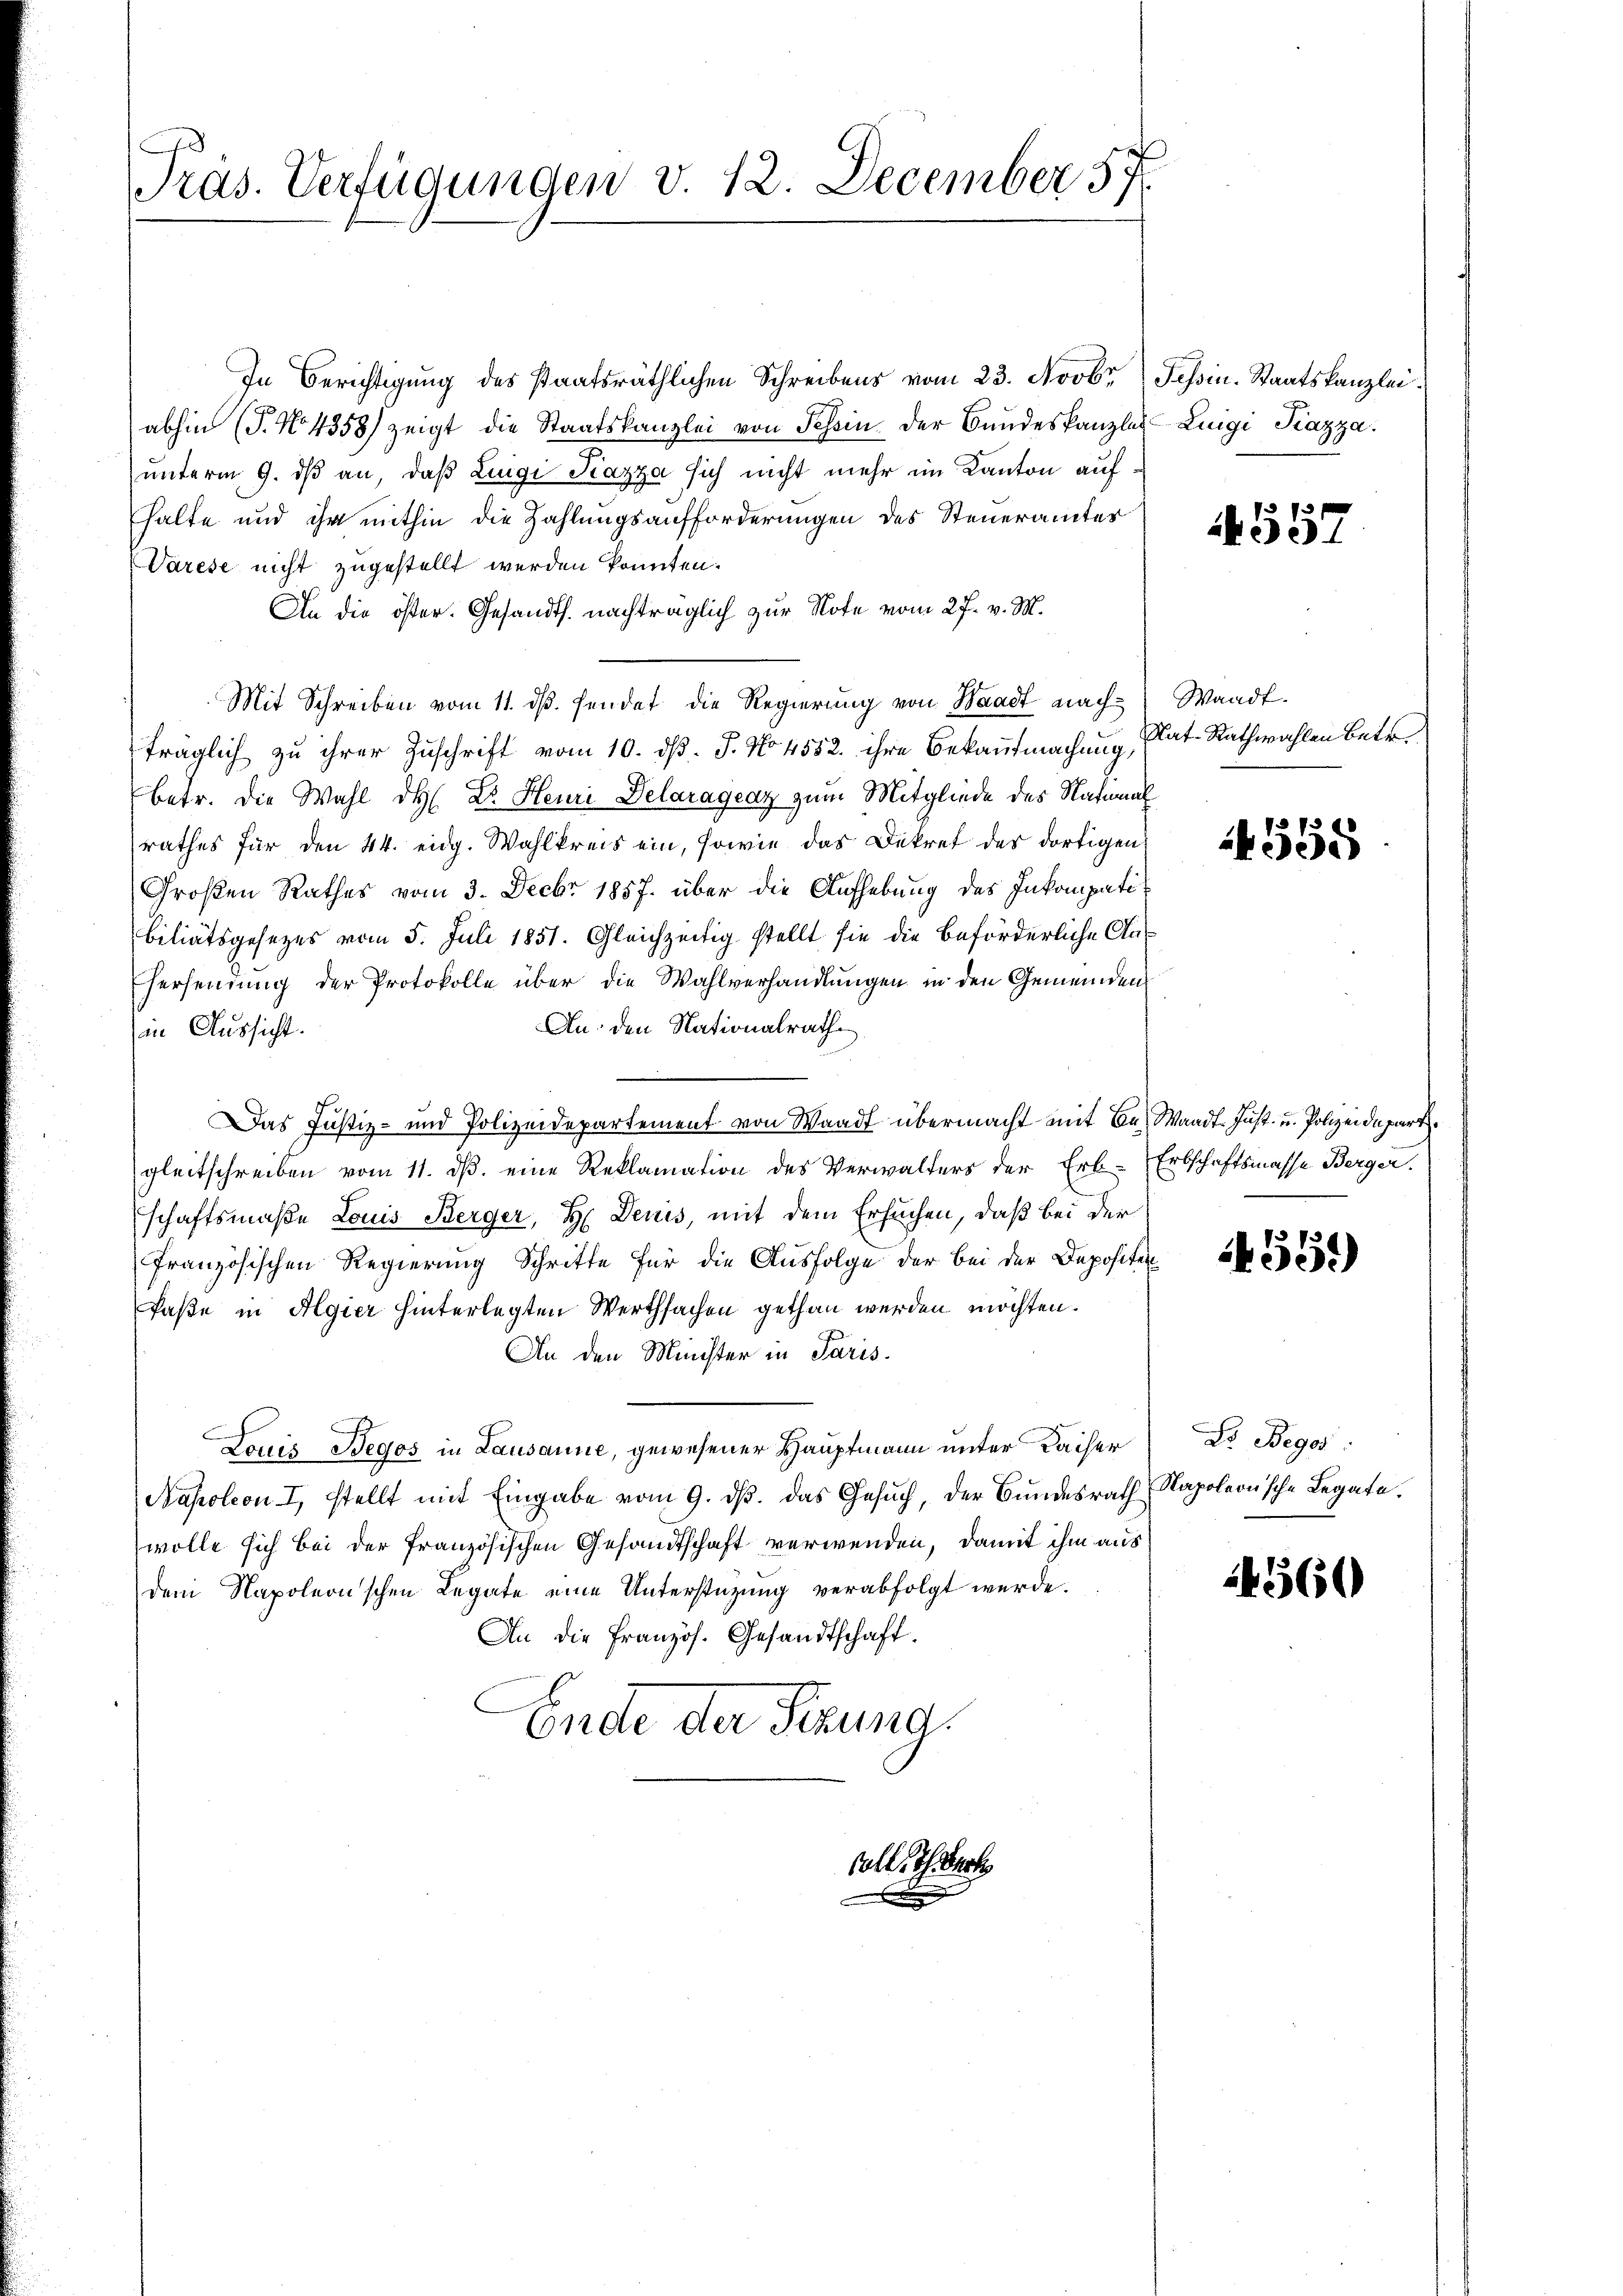
Pras. Verfügungen v. 12. December 57.

In Berichtigung des staatsräthlichen Schreibens vom 23. Novbr. Tessin. Staatskanzleiabhin (T. No 4358) zeigt die Staatskanzlei von Schein der Bundeskanzlei Luigi Piazza.
unterm 9. dβ an, daß Luigi Piazza sich nicht mehr im Kanton aufhalte und ihr mithin die Zahlungsaufforderungen des Steueramtes
Varese nicht zugestellt werden konnten.
An die öster. Gesandts. nachträglich zur Note vom 27. v. M.
Mit Schreiben vom 11. dβ. sendet die Regierung von Waadt nach Waadt.
träglich zu ihrer Zuschrift vom 10. d. J. No 4552. ihre Bekaufmachung,
Betr. die Wahl des Dr. Heuri Delaragenz zum Mitgliede des Natural
rathes für den 44. eidg. Wahlkreis ein, sowie das Dekret der dortigen
Großen Rathes vom 3. Decbr 1857 über die Aufhebung des Inkompatibiliätsgesezes vom 5. Juli 1851. Gleichzeitig stellt sie die Beförderliche An¬
Ehersendung der Protokolle über die Wahlverhandlungen in den Gemeinden
An: den Nationalrath
in Aussicht.
Das Justiz- und Polizeidepartement von Waadt übermacht mit Be- Waadt. Just- u. Polizeidepart.
gleitschreiben vom 11. ds. eine Reklamation des Verwalters der Erb-Erbschaftsmasse Berger.
schaftsmaße Louis Berger, H. Denis, mit dem Ersuchen, daß bei der
französischen Regierung Schritte für die Ausfolge der bei der Depositin
faße in Algier hinterlegten Werthsachen gethan werden möchten.
An den Minister in Paris.
Louis Begos in Lausanne, gewesener Hauptmann unter Kaiser Dr. Begos
Napoleon I, stellt mit Eingabe vom 9. ds. das Gesuch, der Bundesrath Rapoleonische Legate.
wolle sich bei der französischen Gesandtschaft verwenden, damit ihm aus
dem Napoleon'schen Legate eine Unterstützŭng verabfolgt werde.
An die Französ. Gesandtschaft.
Ende der Sezung.

soll. Ich wert

4557

Rat-Rathwahlen betr.

555

551)

4560